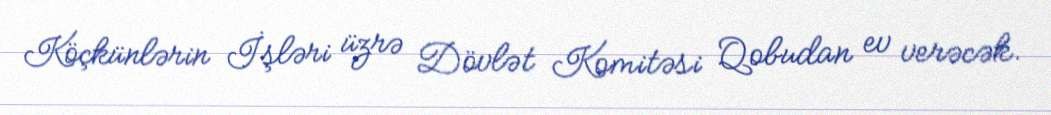
Köçkünlərin İşləri üzrə Dövlət Komitəsi Qobudan ev verəcək.